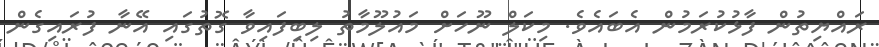
ރައްޔިތުން ފާޅުކުރަމުން އެބައެވެ. މިކަލް ނޫހަށް މައުލޫމާތު ލިބިފައިވާ ގޮތުގައި އޭނާ ފުރައިގެން